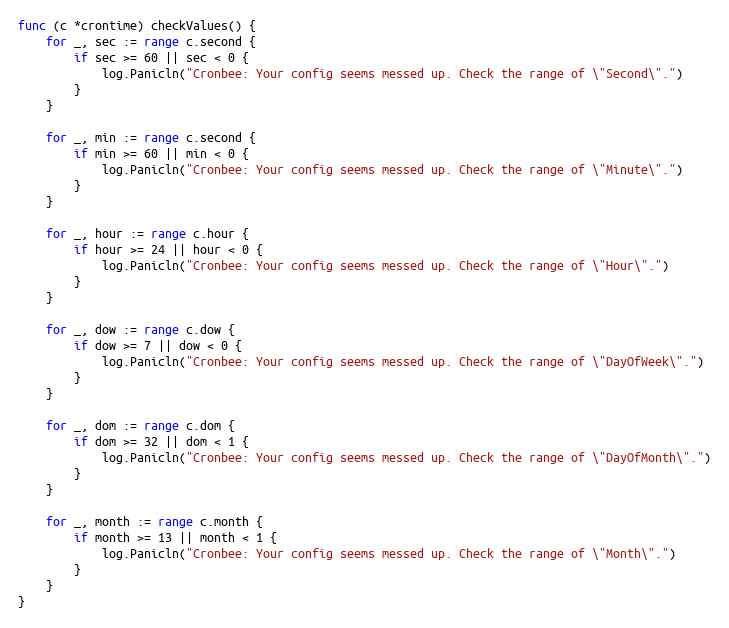
Language: Go
func (c *crontime) checkValues() {
	for _, sec := range c.second {
		if sec >= 60 || sec < 0 {
			log.Panicln("Cronbee: Your config seems messed up. Check the range of \"Second\".")
		}
	}

	for _, min := range c.second {
		if min >= 60 || min < 0 {
			log.Panicln("Cronbee: Your config seems messed up. Check the range of \"Minute\".")
		}
	}

	for _, hour := range c.hour {
		if hour >= 24 || hour < 0 {
			log.Panicln("Cronbee: Your config seems messed up. Check the range of \"Hour\".")
		}
	}

	for _, dow := range c.dow {
		if dow >= 7 || dow < 0 {
			log.Panicln("Cronbee: Your config seems messed up. Check the range of \"DayOfWeek\".")
		}
	}

	for _, dom := range c.dom {
		if dom >= 32 || dom < 1 {
			log.Panicln("Cronbee: Your config seems messed up. Check the range of \"DayOfMonth\".")
		}
	}

	for _, month := range c.month {
		if month >= 13 || month < 1 {
			log.Panicln("Cronbee: Your config seems messed up. Check the range of \"Month\".")
		}
	}
}